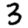
Digit: 3